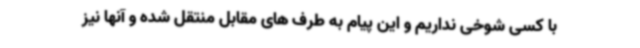
با کسی شوخی نداریم و این پیام به طرف های مقابل منتقل شده و آنها نیز